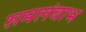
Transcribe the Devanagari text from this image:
समलंबाभ